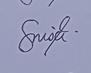
Signature authenticity: genuine